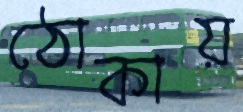
ঠোকায়